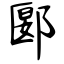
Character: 郾